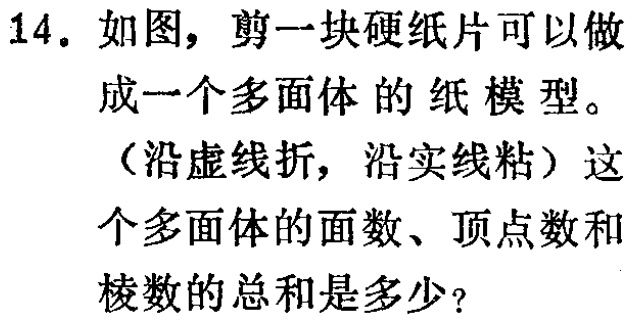
14. 如图，剪一块硬纸片可以做
成一个多面体的纸模型。
（沿虚线折，沿实线粘）这
个多面体的面数、顶点数和
棱数的总和是多少？